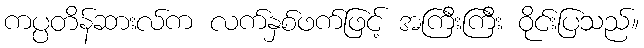
ကပ္ပတိန်ဆားလ်က လက်နှစ်ဖက်ဖြင့် အကြီးကြီး ဝိုင်းပြသည်။